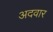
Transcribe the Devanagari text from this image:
अदवार